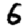
Digit: 6